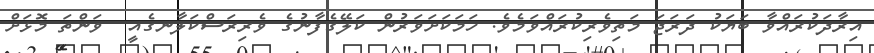
އިރާދަކުރައްވާ ބަޔަކު ދަރަޖަ މަތިވެރިކުރައްވަމެވެ. ހަމަކަށަވަރުން ކަލޭގެފާނުގެ ވެރިރަސްކަލާނގެއީ  ވަންތަ މޮޅަށް